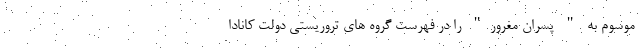
موسوم به " پسران مغرور" را در فهرست گروه های تروریستی دولت کانادا